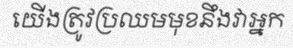
យើងត្រូវប្រឈមមុខនឹងវាអ្នក